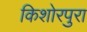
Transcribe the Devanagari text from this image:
किशोरपुरा